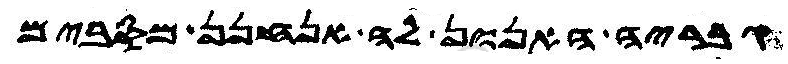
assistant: גבריה האנון לה אנחנן מסבים